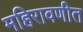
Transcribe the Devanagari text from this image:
महिरावणीत